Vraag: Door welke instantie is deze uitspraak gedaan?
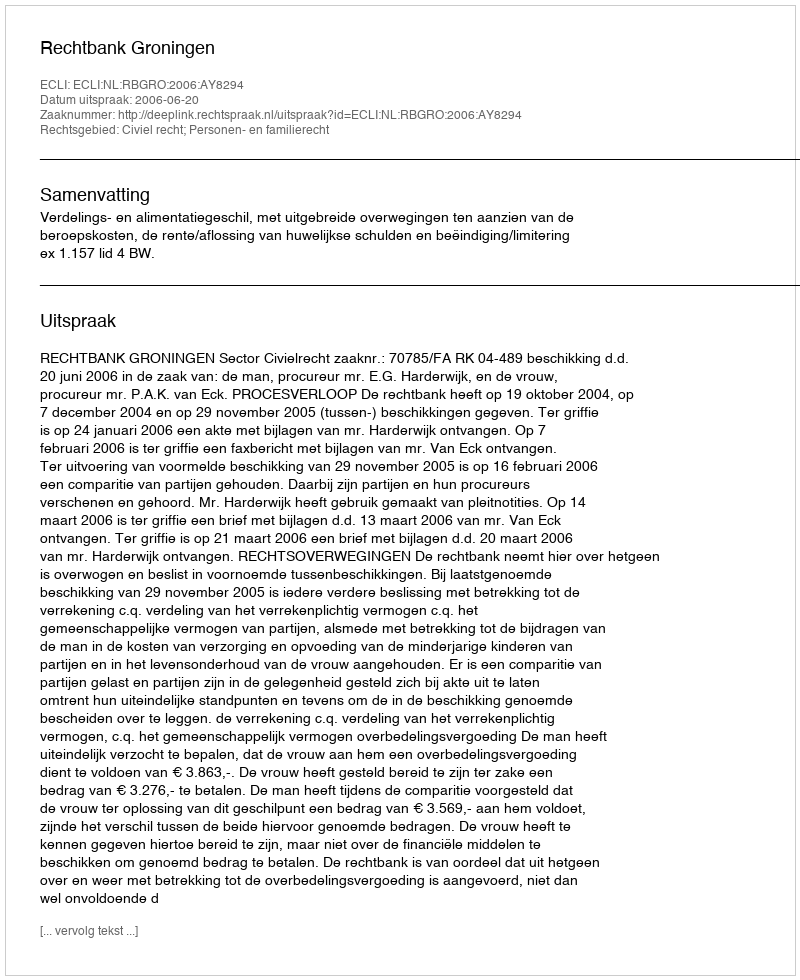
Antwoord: Rechtbank Groningen